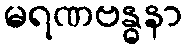
မရဏဗန္ဓနာ